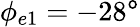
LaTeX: \phi_{e1}=-28^{\mathtt{o}}